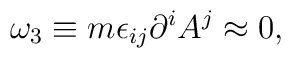
\omega_3 \equiv  m \epsilon_{ij} \partial^i A^j \approx 0,